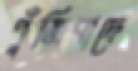
পুঁজিবাদে